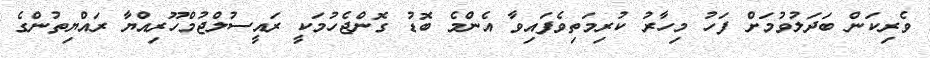
ވެރިކަން ބަދަލުވުމަށް ފަހު މިހާރު ކުރިމަތިވެފައިވާ އެންމެ ބޮޑު ގޮންޖެހުމަކީ ރައީސުލްޖުމްހޫރިއްޔާ ރައްޔިތުންގެ